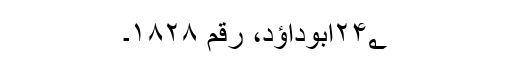
۲۴؂ابوداؤد، رقم ۱۸۲۸۔